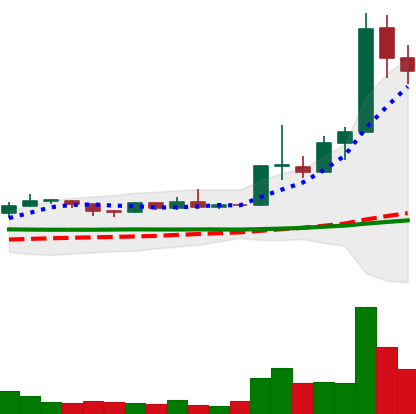
Ticker: ETC-USD
Chart end date: 2019-04-09
Forward return: -7.805%
Label: down_7plus